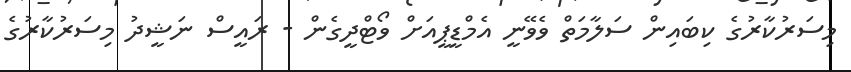
މިސަރުކާރުގެ ކިބައިން ސަލާމަތް ވެވޭނީ އެމްޑީޕީއަށް ވޯޓްދީގެން - ރައީސް ނަޝީދު މިސަރުކާރުގެ